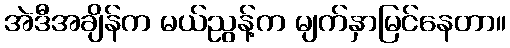
အဲဒီအချိန်က မယ်ညွန့်က မျက်နှာမြင်နေတာ။